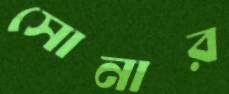
সোনার